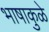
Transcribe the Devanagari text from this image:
भाषाकुळे